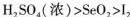
H_{2}SO_{4}（浓）> SeO_{2} >I_{2}